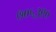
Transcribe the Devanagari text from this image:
७०५३९०